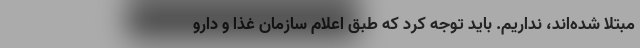
مبتلا شده‌اند، نداریم. باید توجه کرد که طبق اعلام سازمان غذا و دارو